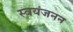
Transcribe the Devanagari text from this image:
स्वयंजनन